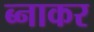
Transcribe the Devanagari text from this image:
ब्नाकर